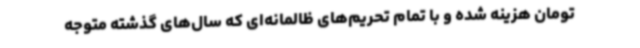
تومان هزینه شده و با تمام تحریم‌های ظالمانه‌ای که سال‌های گذشته متوجه